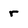
Character: r